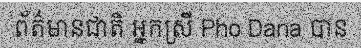
ព័ត៌មានជាតិ អ្នកស្រី Pho Dana បាន